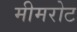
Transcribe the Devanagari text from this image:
मीमरोट